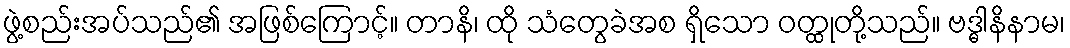
ဖွဲ့စည်းအပ်သည်၏ အဖြစ်ကြောင့်။ တာနိ၊ ထို သံတွေခဲအစ ရှိသော ဝတ္ထုတို့သည်။ ဗဒ္ဓါနိနာမ၊